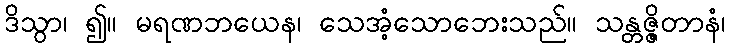
ဒိသွာ၊ ၍။ မရဏဘယေန၊ သေအံ့သောဘေးသည်။ သန္တဇ္ဇိတာနံ၊